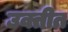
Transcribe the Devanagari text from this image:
उक्तीत